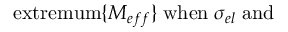
\mathrm { e x t r e m u m } \{ M _ { e f f } \} \; \mathrm { w h e n } \; \sigma _ { e l } \; \mathrm { a n d } \;